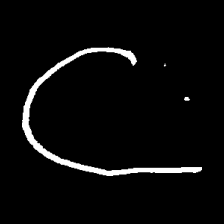
Pyu character \u2014 Myanmar letter: ဋ (romanized: tta)